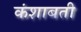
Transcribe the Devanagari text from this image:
कंशाबती